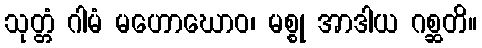
သုတ္တံ ဂါမံ မဟောဃောဝ၊ မစ္စု အာဒါယ ဂစ္ဆတိ။